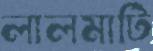
লালমাটি